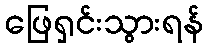
ဖြေရှင်းသွားရန်